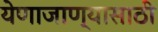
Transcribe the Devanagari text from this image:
येणाजाण्यासाठी